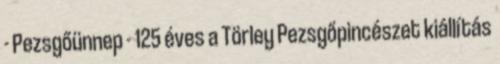
- Pezsgőünnep - 125 éves a Törley Pezsgőpincészet kiállítás